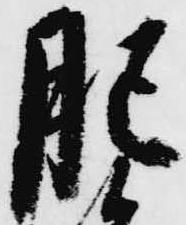
肥